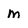
Character: m